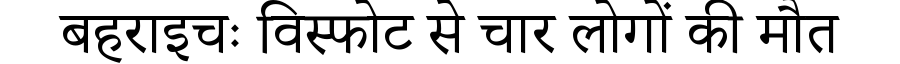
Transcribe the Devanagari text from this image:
बहराइचः विस्फोट से चार लोगों की मौत